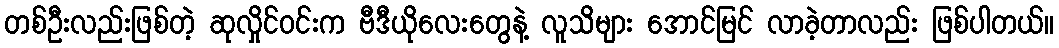
တစ်ဦးလည်းဖြစ်တဲ့ ဆုလှိုင်ဝင်းက ဗီဒီယိုလေးတွေနဲ့ လူသိများ အောင်မြင် လာခဲ့တာလည်း ဖြစ်ပါတယ်။